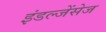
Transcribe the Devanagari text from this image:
इंडल्जेंसेज